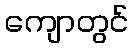
ကျောတွင်